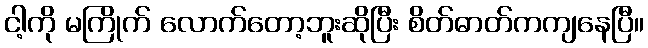
ငါ့ကို မကြိုက် လောက်တော့ဘူးဆိုပြီး စိတ်ဓာတ်ကကျနေပြီ။